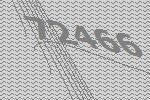
72466